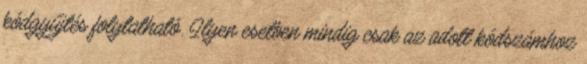
kódgyűjtés folytatható. Ilyen esetben mindig csak az adott kódszámhoz